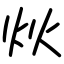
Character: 炏